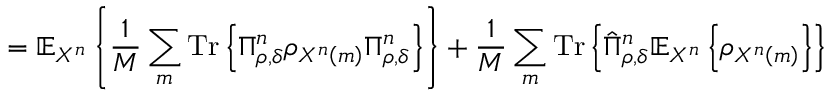
= \mathbb { E } _ { X ^ { n } } \left\{ { \frac { 1 } { M } } \sum _ { m } { \mathrm { T r } } \left\{ \Pi _ { \rho , \delta } ^ { n } \rho _ { X ^ { n } \left( m \right) } \Pi _ { \rho , \delta } ^ { n } \right\} \right\} + { \frac { 1 } { M } } \sum _ { m } { \mathrm { T r } } \left\{ { \hat { \Pi } } _ { \rho , \delta } ^ { n } \mathbb { E } _ { X ^ { n } } \left\{ \rho _ { X ^ { n } \left( m \right) } \right\} \right\}